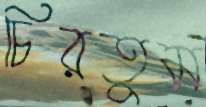
চিরতুম